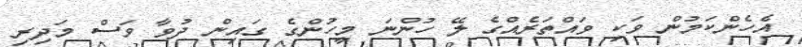
އެހެންކަމުން ވަކި ވައްތަރެއްގެ ލޭ ހުންނަ މީހުންގެ ގައިން ދުވާ ވަސް މަދިރި